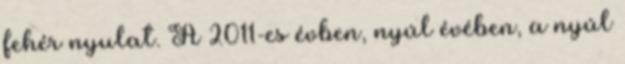
fehér nyulat. A 2011-es évben, nyúl évében, a nyúl